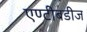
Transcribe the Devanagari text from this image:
एण्टीबडीज